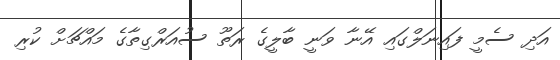
އަދި ސެމީ ފައިނަލްގައި އޭނާ ވަނީ ބާލީގެ ރަތޫ ސުއަރްގިތާގެ މައްޗަށް ކުރި